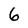
Character: 6